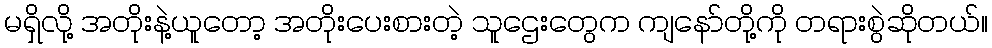
မရှိလို့ အတိုးနဲ့ယူတော့ အတိုးပေးစားတဲ့ သူဌေးတွေက ကျနော်တို့ကို တရားစွဲဆိုတယ်။